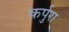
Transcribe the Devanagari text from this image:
कर्पुरा